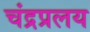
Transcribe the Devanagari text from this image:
चंद्रप्रलय